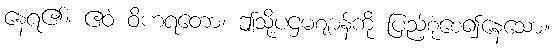
နေရ၏။ ဧဝံ ဝိဟရတော၊ ဤသို့ပဌမဈာန်ကို ပြည့်စုံစေ၍နေသော။